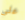
على